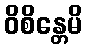
ဝိစိန္တေမိ